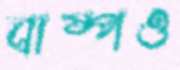
বাষ্পও